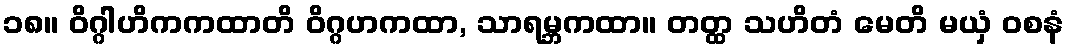
၁၈။ ဝိဂ္ဂါဟိကကထာတိ ဝိဂ္ဂဟကထာ, သာရမ္ဘကထာ။ တတ္ထ သဟိတံ မေတိ မယှံ ဝစနံ